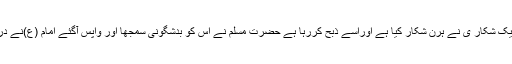
شہر مکہ سے باہر نکلے تو دیکھا کہ ایک شکار ی نے ہرن شکار کیا ہے اوراسے ذبح کررہا ہے حضرت مسلم نے اس کو بدشگونی سمجھا اور واپس آگئے امام (ع)نے دریافت فرمایا:آپ کیوں واپس لوٹ آئے ؟